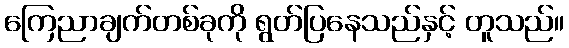
ကြေညာချက်တစ်ခုကို ရွတ်ပြနေသည်နှင့် တူသည်။